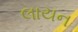
લાયન